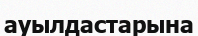
ауылдастарына